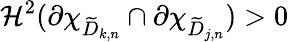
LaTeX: \mathcal H^{2}(\partial\chi_{\widetilde{D}_{k,n}}\cap\partial\chi_{\widetilde{D}_{j,n}})>0